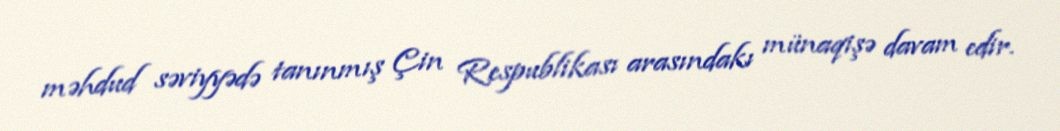
məhdud səviyyədə tanınmış Çin Respublikası arasındakı münaqişə davam edir.